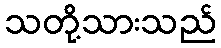
သတို့သားသည်